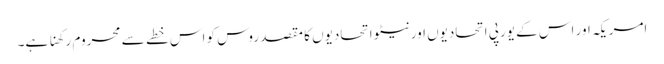
امریکہ اور اس کے یورپی اتحادیوں اور نیٹو اتحادیوں کا مقصد روس کو اس خطے سے محروم رکھنا ہے۔